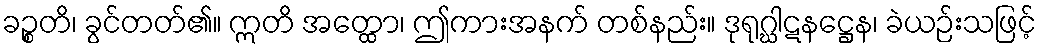
ခဉ္စတိ၊ ခွင်တတ်၏။ ဣတိ အတ္ထော၊ ဤကားအနက် တစ်နည်း။ ဒုရုဂ္ဃါဋနဋ္ဌေန၊ ခဲယဉ်းသဖြင့်